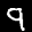
Label: 9